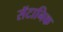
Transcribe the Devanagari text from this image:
सॅटानिक